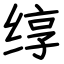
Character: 𬘯